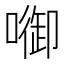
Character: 𭊷